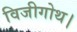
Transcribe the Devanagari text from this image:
विजीगोथ।